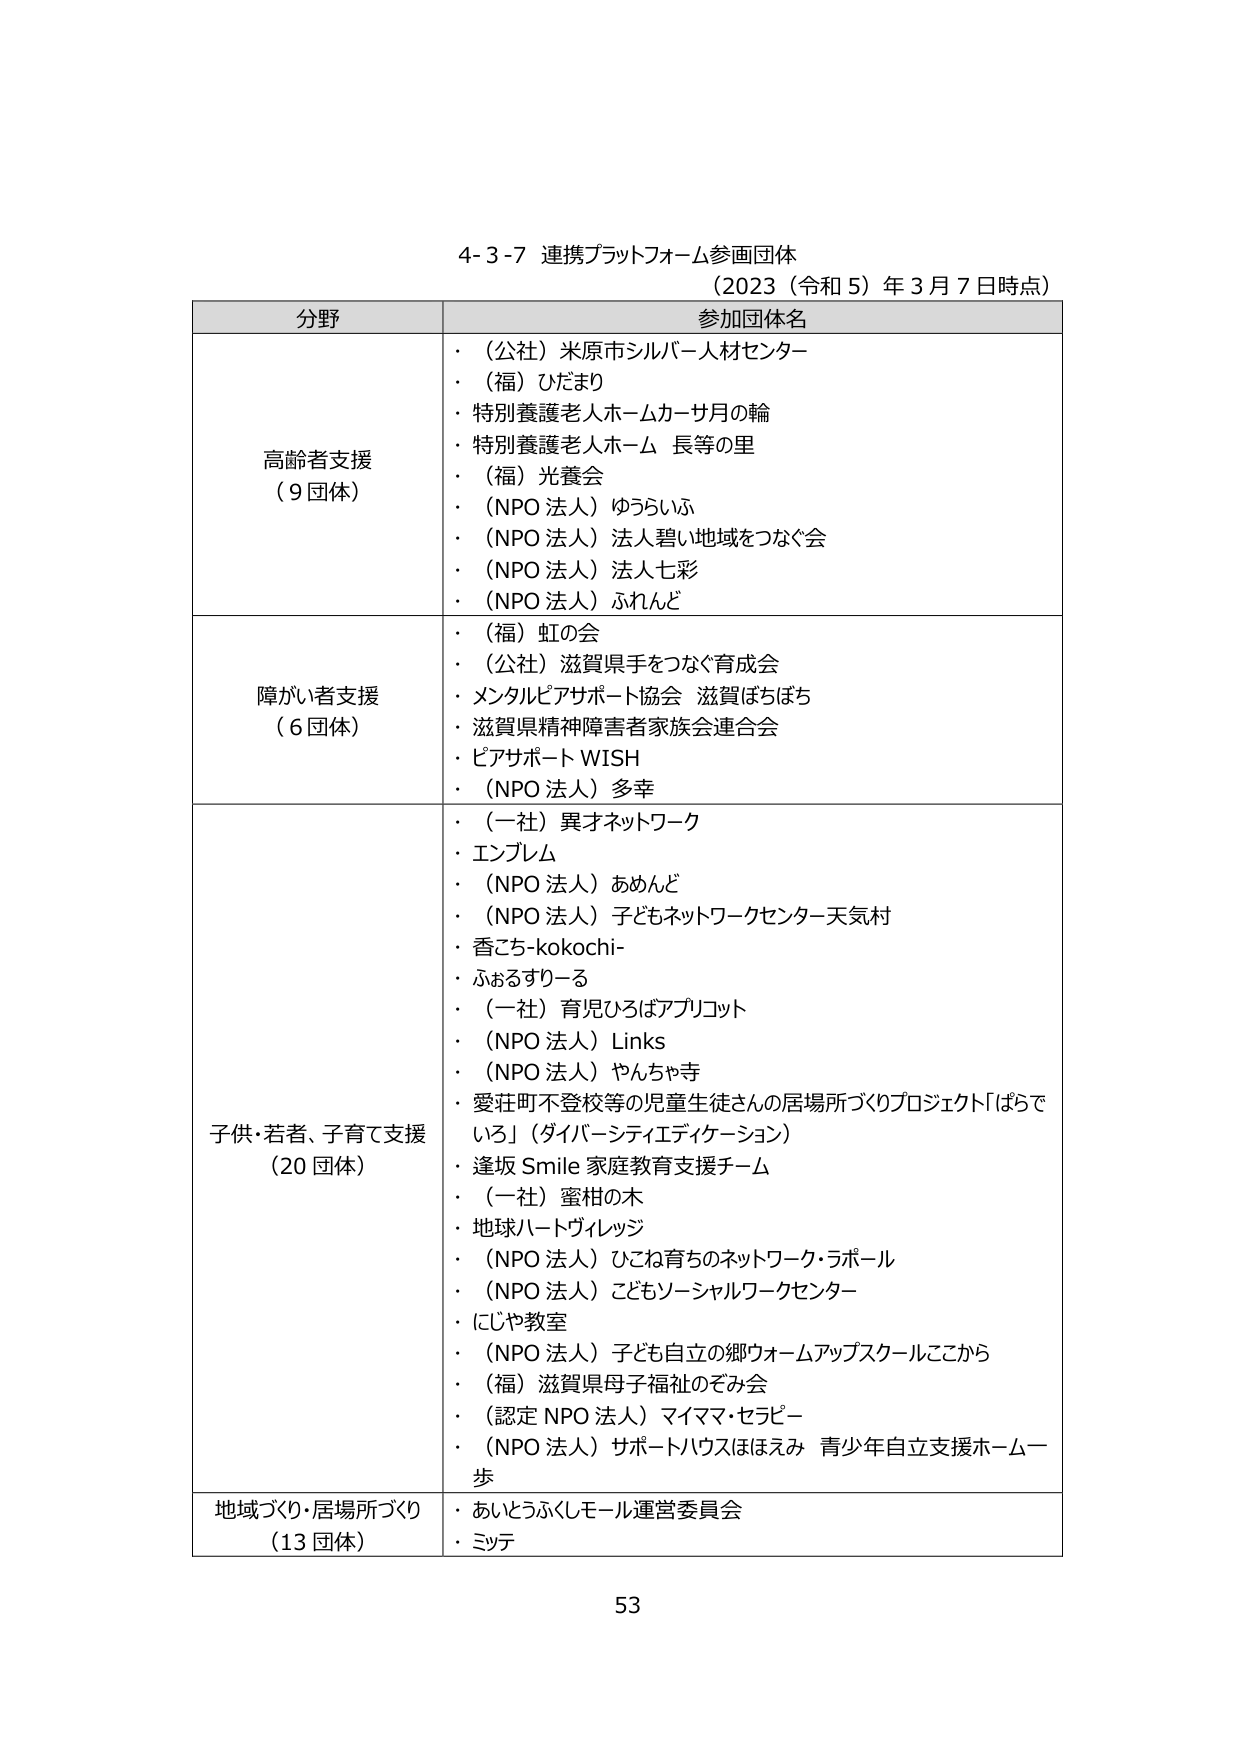
4-3-7 連携プラットフォーム参画団体
（2023（令和5）年3月7日時点）

分野　　　　　　　　　　　　　　　参加団体名

高齢者支援
（9団体）
・（公社）米原市シルバー人材センター
・（福）ひだまり
・特別養護老人ホームカーサ月の輪
・特別養護老人ホーム 長等の里
・（福）光養会
・（NPO法人）ゆうらいふ
・（NPO法人）法人碧い地域をつなぐ会
・（NPO法人）法人七彩
・（NPO法人）ふれんど

障がい者支援
（6団体）
・（福）虹の会
・（公社）滋賀県手をつなぐ育成会
・メンタルピアサポート協会 滋賀ほちほち
・滋賀県精神障害者家族会連合会
・ピアサポートWISH
・（NPO法人）多幸

子供・若者、子育て支援
（20団体）
・（一社）異才ネットワーク
・エンブレム
・（NPO法人）あめんど
・（NPO法人）子どもネットワークセンター天気村
・香こち-kokochi-
・ふおるすりーる
・（一社）育児ひろばアプリコット
・（NPO法人）Links
・（NPO法人）やんちゃ寺
・愛荘町不登校等の児童生徒さんの居場所づくりプロジェクト「ばらでいろ」（ダイバーシティエディケーション）
・逢坂Smile家庭教育支援チーム
・（一社）蜜柑の木
・地球ハートヴィレッジ
・（NPO法人）ひこね育ちのネットワーク・ラポール
・（NPO法人）こどもソーシャルワークセンター
・にじや教室
・（NPO法人）子ども自立の郷ウォームアップスクールここから
・（福）滋賀県母子福祉のぞみ会
・（認定NPO法人）マイママ・セラピー
・（NPO法人）サポートハウスほええみ 青少年自立支援ホーム一歩

地域づくり・居場所づくり
（13団体）
・あいとうふくしモール運営委員会
・ミッテ

53